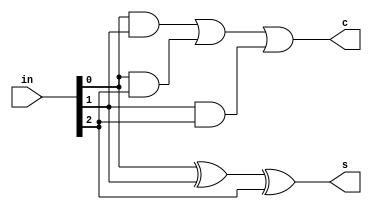
module ysyx_22041071_csa(input [2:0]in,
		   output 	  s ,
		   output 	  c );

		assign s = in[0]^in[1]^in[2];
		assign c = in[0]&in[1] | in[0]&in[2] | in[1]&in[2];

endmodule